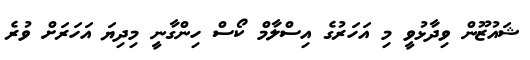
ޝައުޒޫން ވިދާޅުވީ މި އަހަރުގެ އިސްލާމް ކޯސް ހިންގާނީ މިދިޔަ އަހަރަށް ވުރެ